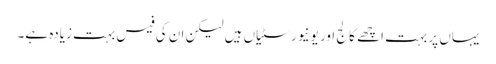
یہاں پر بہت اچھے کالج اور یونیورسٹیاں ہیں لیکن ان کی فیس بہت زیادہ ہے۔